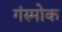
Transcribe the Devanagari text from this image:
गंस्मोक